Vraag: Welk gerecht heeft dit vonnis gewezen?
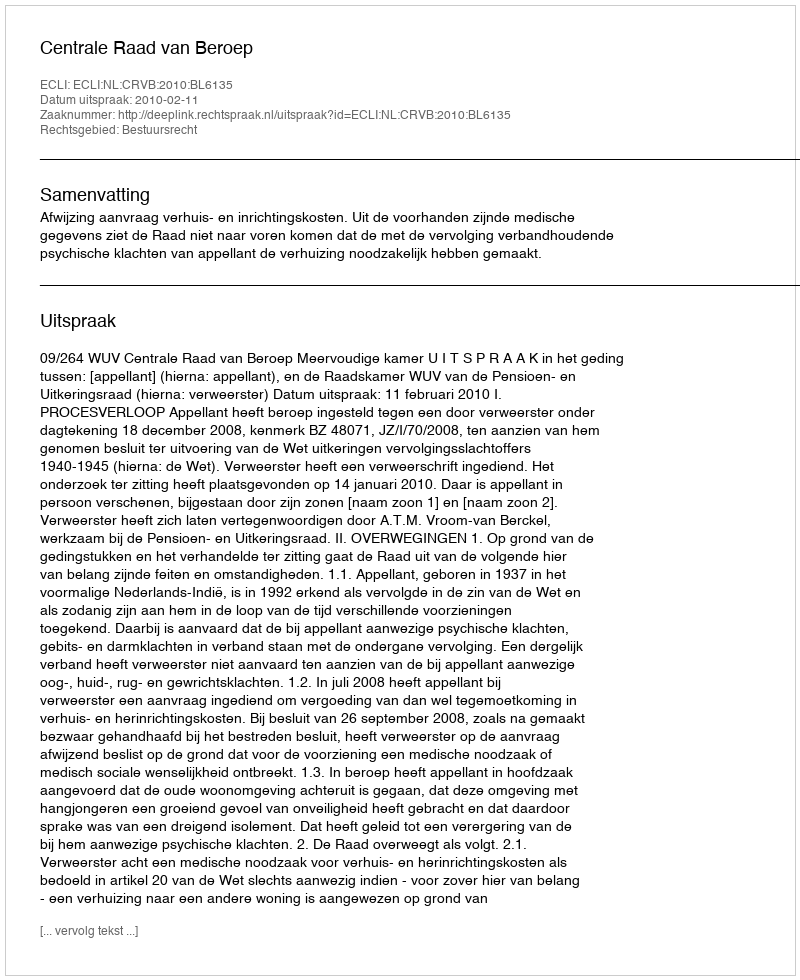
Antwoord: Centrale Raad van Beroep